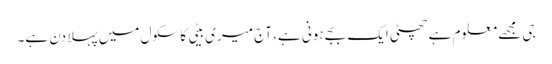
جی مجھے معلوم ہے چھٹی ایک بجے ہونی ہے، آج میری بیٹی کا سکول میں پہلا دن ہے۔